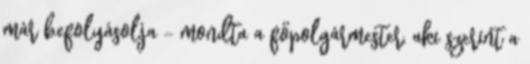
már befolyásolja – mondta a főpolgármester, aki szerint a